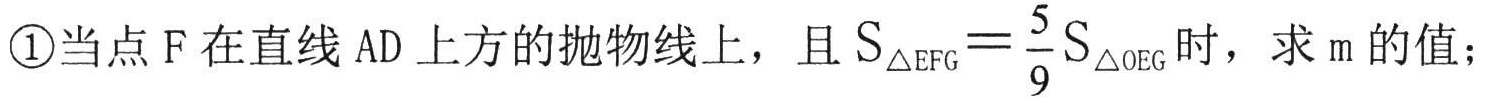
\textcircled{1}当点 F 在直线 AD 上方的抛物线上，且 \(S_{\triangle EFG}=\frac{5}{9}S_{\triangle OEG}\) 时，求 m 的值；